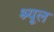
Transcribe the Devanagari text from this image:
श्यूल